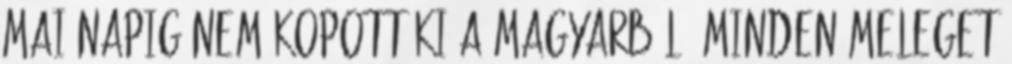
mai napig nem kopott ki a magyarból. minden meleget